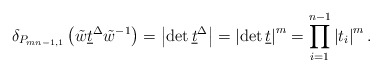
\begin{align*}\delta_{P_{mn-1,1}}\left(\tilde{w}\underline{t}^\Delta\tilde{w}^{-1}\right)=\left|\det \underline{t}^\Delta\right| = \left|\det \underline{t}\right|^m=\prod_{i=1}^{n-1}\left|t_i\right|^m.\end{align*}